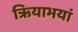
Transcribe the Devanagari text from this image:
ऋियाभयां